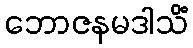
ဘောဇနမဒါသိံ